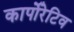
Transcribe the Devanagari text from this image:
कार्पोरेटिव